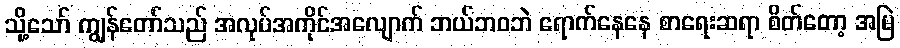
သို့သော် ကျွန်တော်သည် အလုပ်အကိုင်အလျောက် ဘယ်ဘဝဘဲ ရောက်နေနေ စာရေးဆရာ စိတ်တော့ အမြဲ